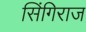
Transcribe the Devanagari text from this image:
सिंगिराज